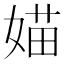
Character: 媌